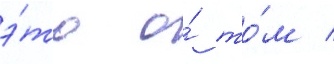
э́то о́ то́м /